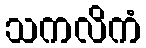
သကလိကံ